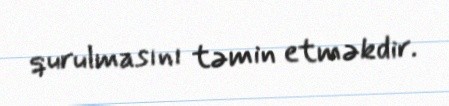
qurulmasını təmin etməkdir.